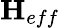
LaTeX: \textbf{H}_{eff}